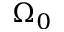
\Omega _ { 0 }